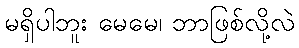
မရှိပါဘူး မေမေ၊ ဘာဖြစ်လို့လဲ